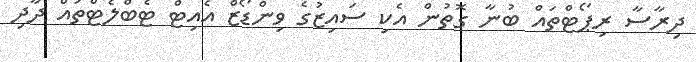
ދިރާސާ ރިޕޯޓްތައް ބުނާ ގޮތުން އެކި ސައިޒުގެ ވިންޑޯޒް އެއިޓް ޓެބްލެޓްތައް ދާދި